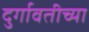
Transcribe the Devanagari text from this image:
दुर्गावतीच्या